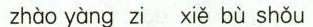
zhào yàng zi xiě bù shǒu